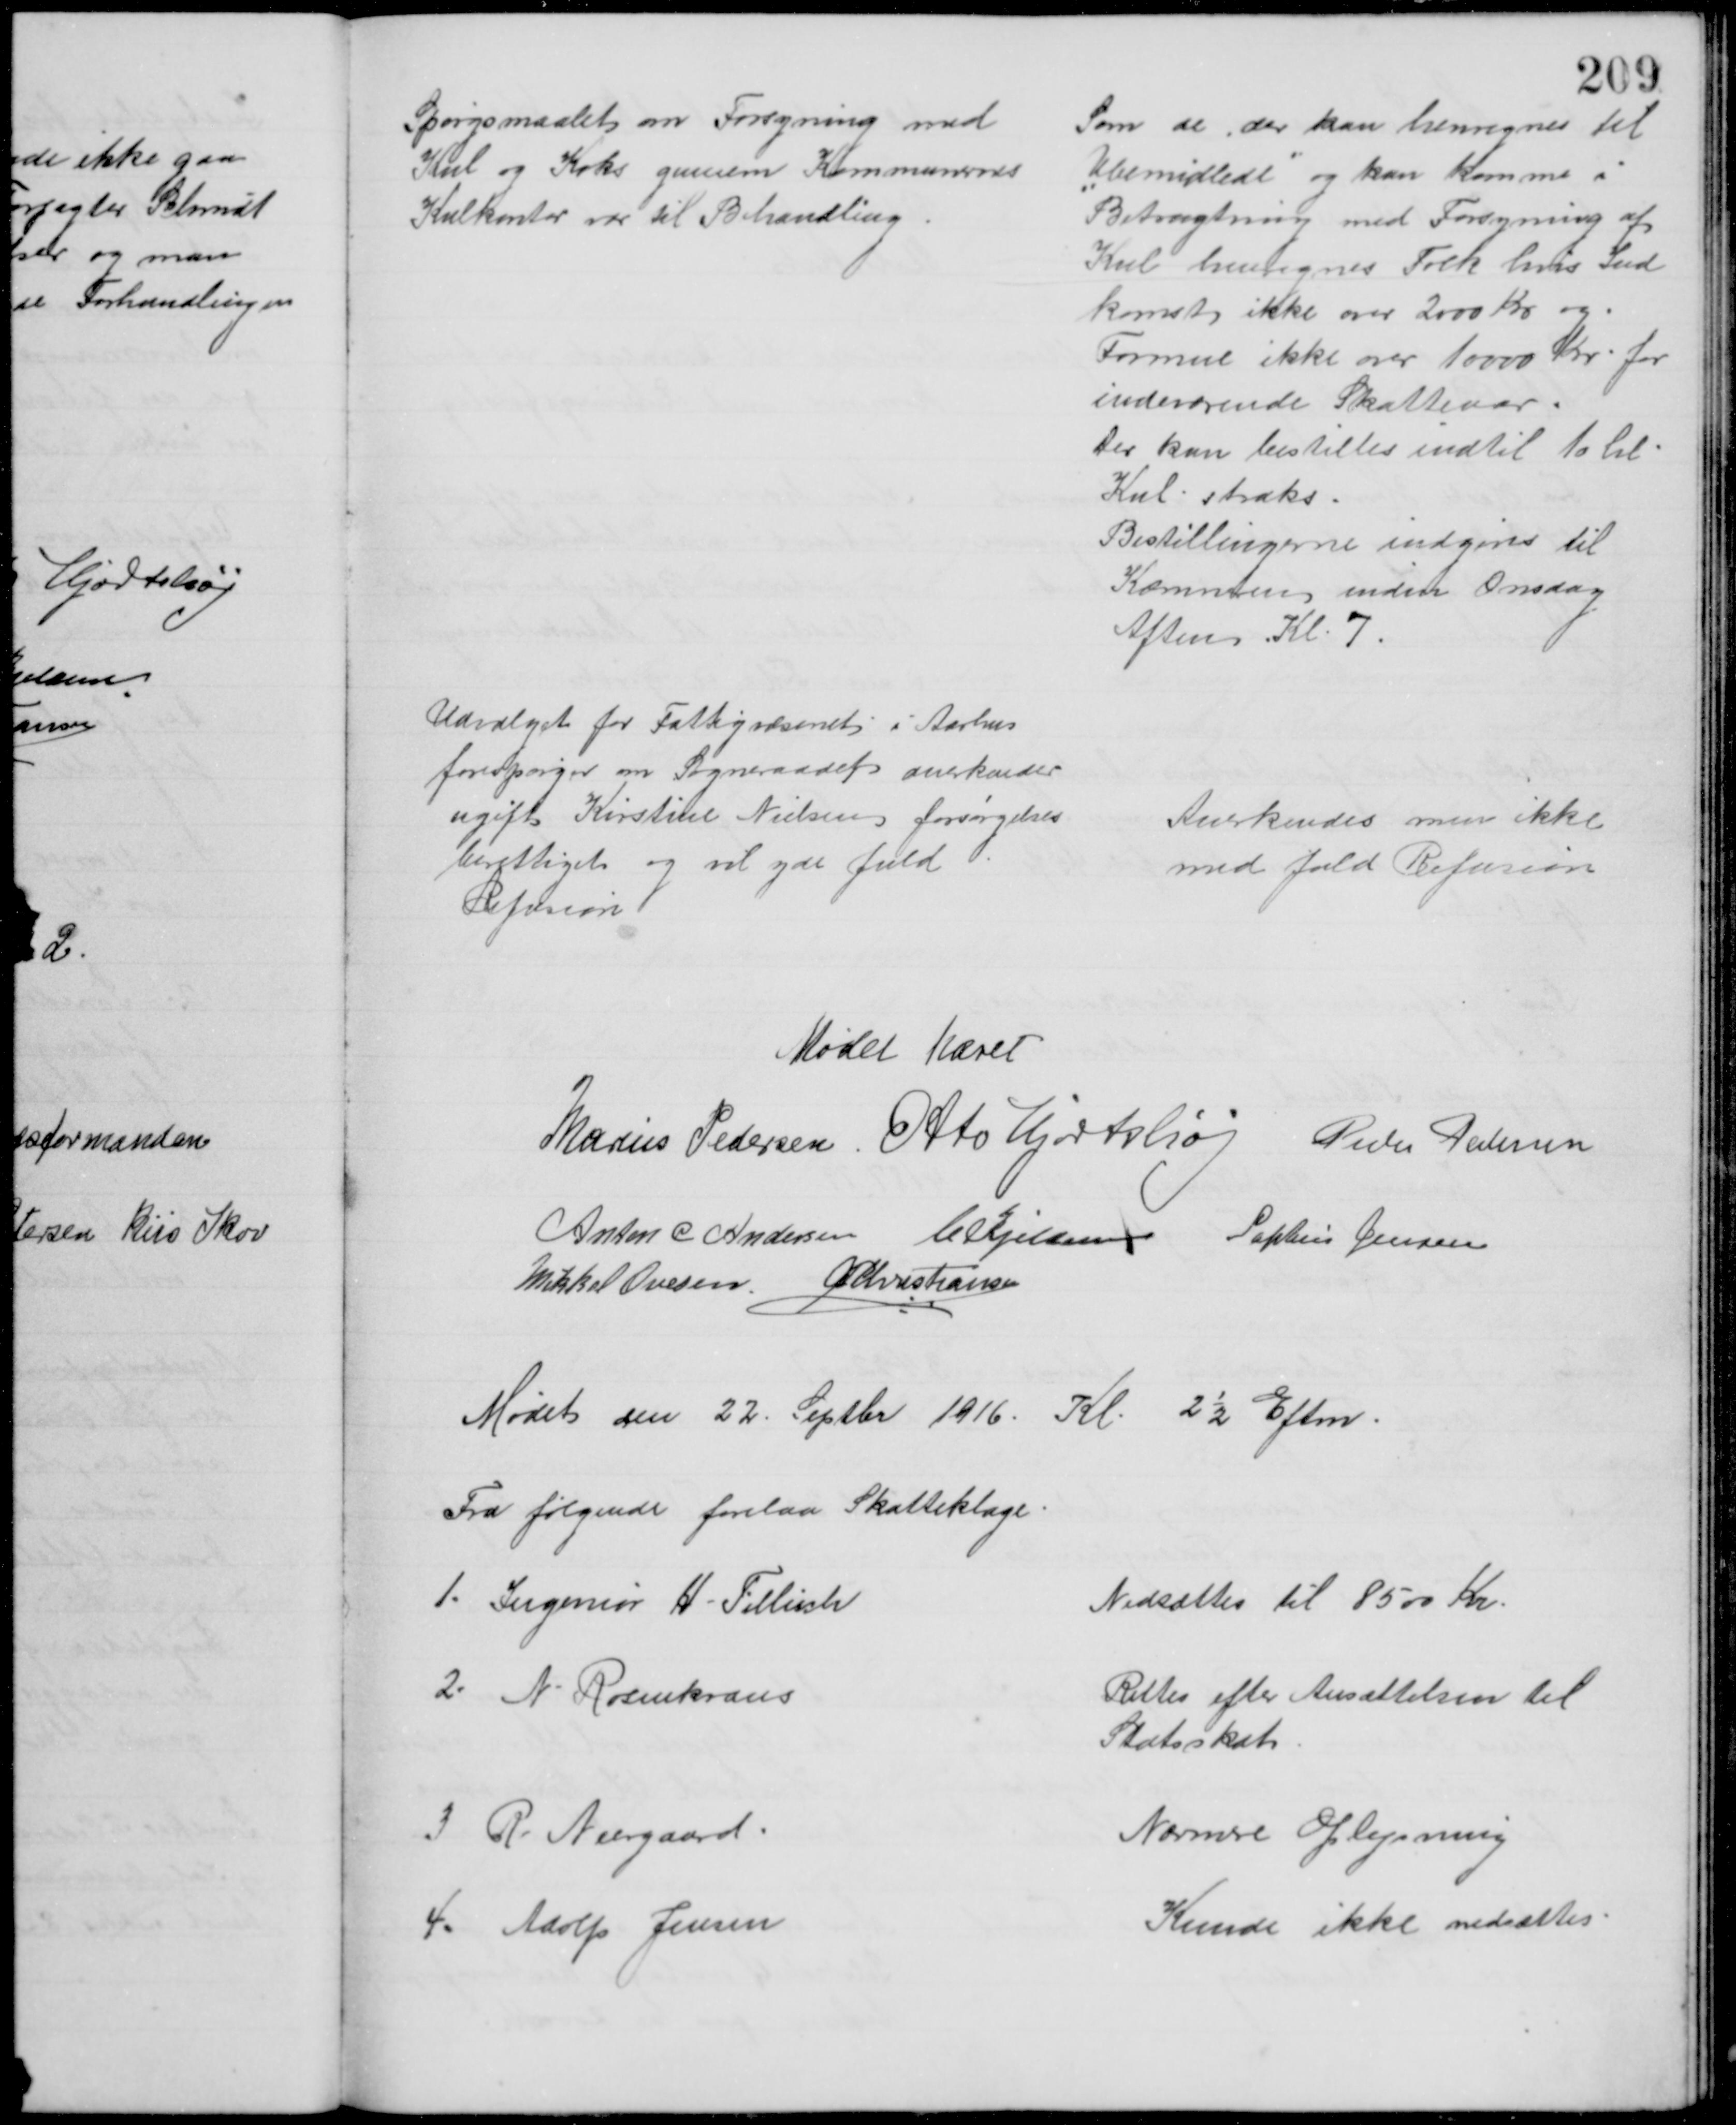
Transskription:
Spørgsmaalet om Forsyning med
Kul og Koks gennem Kommunernes
Kulkontor var til Behandling
Som de der kan henregnes til
"Ubemidlede" og kan komme i
Betragtning med Forsyning af
Kul henregnes Folk hvis Ind
komst ikke over 2000 Kr og
Formue ikke over 10000 Kr for
indeværende Skatteaar.
Der kan bestilles indtil 10 hl
Kul straks
Bestillingerne indgives til
Kæmneren inden Onsdag
Aften Kl. 7.
Udvalget for Fattigvæsenet i Aarhus
forespørger om Sogneraadet anerkender
ugift Kirstine Nielsen forsørgelses
berettiget og vil yde fuld
Refusion
Anerkendes men ikke
med fuld Refusion
Mødet hævet
Marius Pedersen Otto Hjortshøj Peder Pedersen
Anton C Andersen C Kjeldsen Sophus Jensen
Mikkel Ovesen A P Christiansen
Mødet den 22. Septbr 1916. Kl. 2½ Eftm.
Fra følgende forelaa Skatteklage
1. Ingeniør H. Tillisch
Nedsættes til 8500 Kr.
2. N. Rosenkrans
Rettes efter Ansættelsen til
Statsskat
3 R. Neergaard
Nærmere Oplysning
4. Adolf Jensen
Kunde ikke nedsættes